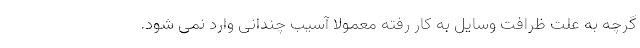
گرچه به علت ظرافت وسایل به کار رفته معمولاً آسیب چندانی وارد نمی شود.